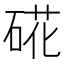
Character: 硴